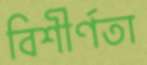
বিশীর্ণতা